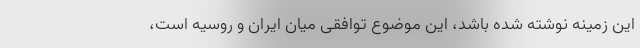
این زمینه نوشته شده باشد، این موضوع توافقی میان ایران و روسیه است،